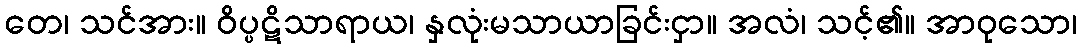
တေ၊ သင်အား။ ဝိပ္ပဋိသာရာယ၊ နှလုံးမသာယာခြင်းငှာ။ အလံ၊ သင့်၏။ အာဝုသော၊